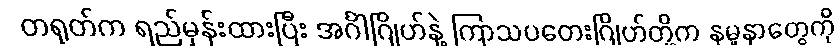
တရုတ်က ရည်မှန်းထားပြီး အင်္ဂါဂြိုဟ်နဲ့ ကြာသပတေးဂြိုဟ်တို့က နမူနာတွေကို